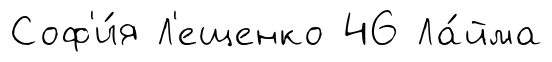
Соф'и́я Л'ещенко 46 Ла́йма